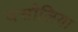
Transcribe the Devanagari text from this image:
दसौलिया